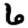
Digit: 6